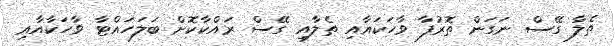
ތެލާ ގޭސް ނަގަން ތޮރުފާ ވާހަކައާއި ތެލާއި ގޭސް ރައްކާކޮށް ބަލަހައްޓާ ވާހަކާއާއި